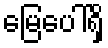
မြေပေါ်ရှိ